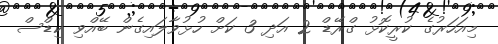
މިއަހަރުގެ ކުރީކޮޅު ގްރޭޑް 2 އަދި 3 ކަށް ހުޅުވާލައިގެން ބޭއްވި ކިޑްސް